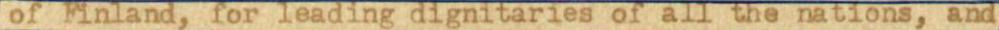
of Finland, for leading dignitaries of all the nations, and